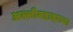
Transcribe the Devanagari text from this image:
अल्लीबहाद्दराचा